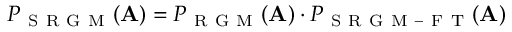
P _ { \mathrm { ~ S ~ R ~ G ~ M ~ } } ( \mathbf { A } ) = P _ { \mathrm { ~ R ~ G ~ M ~ } } ( \mathbf { A } ) \cdot P _ { \mathrm { ~ S ~ R ~ G ~ M ~ - ~ F ~ T ~ } } ( \mathbf { A } )